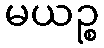
မယဉ္စ